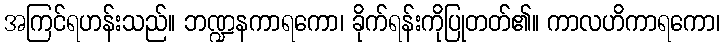
အကြင်ရဟန်းသည်။ ဘဏ္ဍနကာရကော၊ ခိုက်ရန်းကိုပြုတတ်၏။ ကာလဟိကာရကော၊